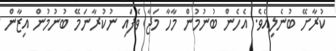
ކުރާށޭ ބުނެލިއެވެ. އެހެން ބުނުމުން މާހާ މަޖާ ވެފައި ނުކުރާނަމޭ ބުނުމުން އިޒާން